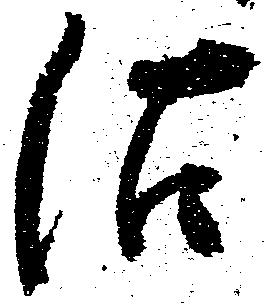
沽